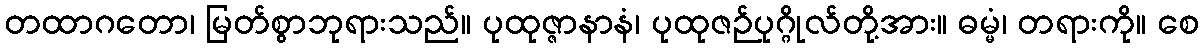
တထာဂတော၊ မြတ်စွာဘုရားသည်။ ပုထုဇ္ဇာနာနံ၊ ပုထုဇဉ်ပုဂ္ဂိုလ်တို့အား။ ဓမ္မံ၊ တရားကို။ စေ